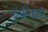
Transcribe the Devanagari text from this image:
लिहिताही